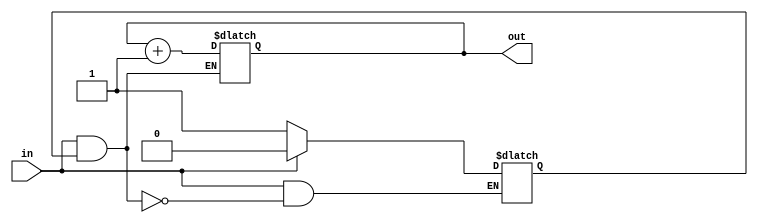
module csm #(parameter N_BITS = 4) (out, in); 

output[N_BITS-1:0] out;
input in;

wire in;
wire[N_BITS-1:0] out;
reg[N_BITS-1:0] counter = 0;
reg state = 1;

assign out = counter;

always @(in) begin

    if ((in) && (state)) begin
        counter = counter + 1;
        state = 0;
    end
    
    if (!in) state = 1;

end

endmodule


module csm_tb();

parameter N_BITS = 4;

reg in = 0;
wire[N_BITS-1:0] out;

csm #(N_BITS) C (out, in);

task flip; 
    in = !in;
endtask

initial begin
    $display("time\tin\tout");
    $monitor("%h\t%b\t%h", $time, in, out);
    #1 flip;
    #2 flip;
    #2 flip;
    #3 flip;
    #1 flip;
    #1 flip;
    #1 $finish;
end

endmodule